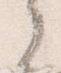
了